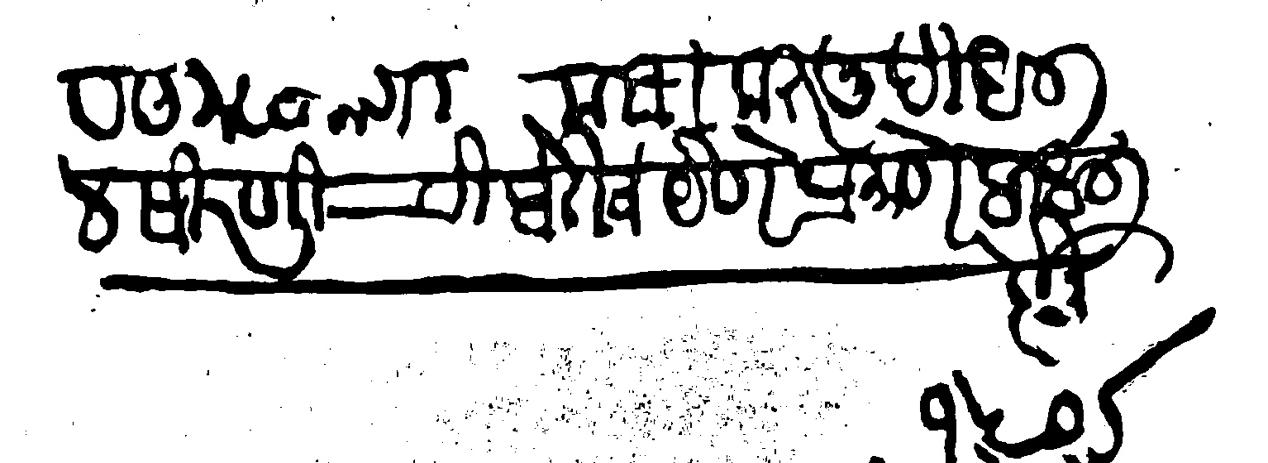
Transliteration (Devanagari): सिरणीची बेरीज येणेप्रमाणे दिधली होनू १५σ